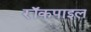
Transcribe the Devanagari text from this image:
रॉकपाइल